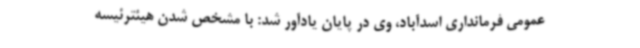
عمومی فرمانداری اسدآباد، وی در پایان یادآور شد: با مشخص شدن هیئترئیسه